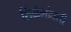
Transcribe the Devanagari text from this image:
शिळेभोवती